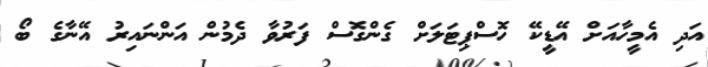
އަދި އެމީހާއަށް އޭޑީކޭ ހޮސްޕިޓަލަށް ގެންގޮސް ފަރުވާ ދެމުން އަންނައިރު އޭނާގެ ބޯ